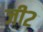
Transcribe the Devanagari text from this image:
जी२